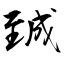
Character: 臹